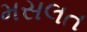
મસલત